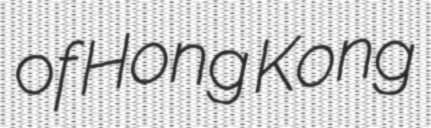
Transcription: of Hong Kong